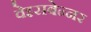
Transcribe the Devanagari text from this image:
वेइसबेन्नर